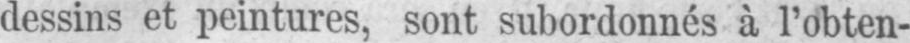
dessins et peintures, sont subordonnés à l’obten-